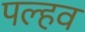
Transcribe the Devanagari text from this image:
पल्हव